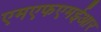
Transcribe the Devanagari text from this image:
एमएफएमईआर